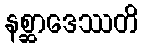
နစ္ဆာဒေဿတိ